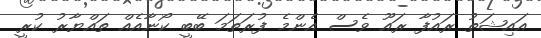
އައިޝަތު ރައުފާ ރައޫ ވެސް އެންމެ ފުރަތަމަ ބޭބީ ކޯނާއެއް ތައްޔާރު ކުރީ